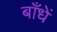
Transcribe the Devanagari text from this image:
बाँधें